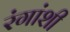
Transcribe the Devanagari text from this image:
रंगांशी